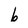
Character: b